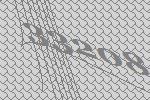
33208